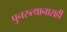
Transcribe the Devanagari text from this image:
पुनरुत्थानासही